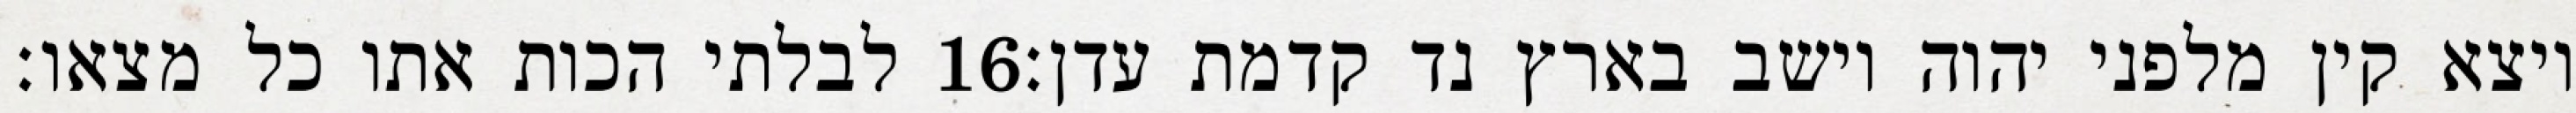
לבלתי הכות אתו כל מצאו׃ ‎16‏ ויצא קין מלפני יהוה וישב בארץ נד קדמת עדן׃